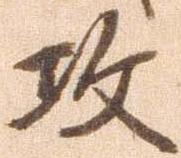
攻